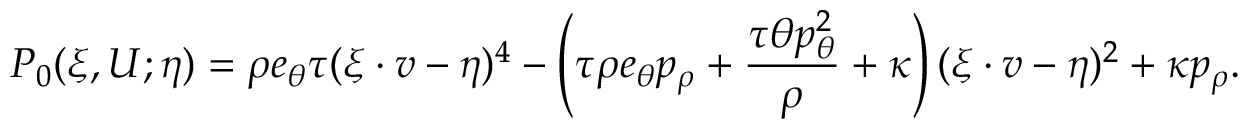
P _ { 0 } ( \xi , U ; \eta ) = \rho e _ { \theta } \tau ( \xi \cdot v - \eta ) ^ { 4 } - \left( \tau \rho e _ { \theta } p _ { \rho } + \frac { \tau \theta p _ { \theta } ^ { 2 } } { \rho } + \kappa \right) ( \xi \cdot v - \eta ) ^ { 2 } + \kappa p _ { \rho } .